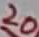
Text: 20